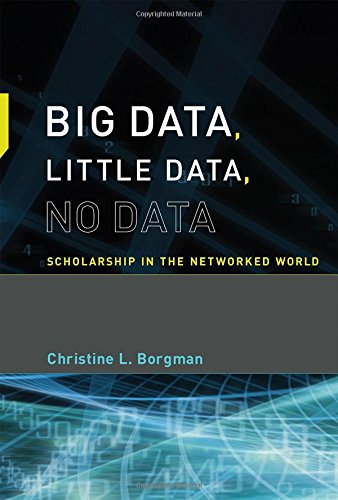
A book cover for Big Data, Little Data, No Data: Scholarship in the Networked World; Christine L. Borgman; Politics & Social Sciences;